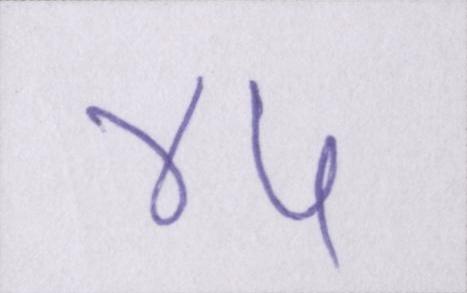
४५